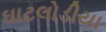
ઘાટલોડીયા